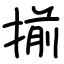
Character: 揃